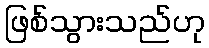
ဖြစ်သွားသည်ဟု